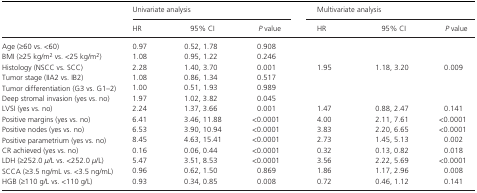
<table><thead><tr><td rowspan="2"></td><td colspan="3"><b>Univariate analysis</b></td><td colspan="3"><b>Multivariate analysis</b></td></tr><tr><td><b>HR</b></td><td><b>95% CI</b></td><td><b><i>P</i> value</b></td><td><b>HR</b></td><td><b>95% CI</b></td><td><b><i>P</i> value</b></td></tr></thead><tbody><tr><td>Age (≥60 vs. &lt;60)</td><td>0.97</td><td>0.52, 1.78</td><td>0.908</td><td></td><td></td><td></td></tr><tr><td>BMI (≥25 kg/m<sup>2</sup> vs. &lt;25 kg/m<sup>2</sup>)</td><td>1.08</td><td>0.95, 1.22</td><td>0.246</td><td></td><td></td><td></td></tr><tr><td>Histology (NSCC vs. SCC)</td><td>2.28</td><td>1.40, 3.70</td><td>0.001</td><td>1.95</td><td>1.18, 3.20</td><td>0.009</td></tr><tr><td>Tumor stage (IIA2 vs. IB2)</td><td>1.08</td><td>0.86, 1.34</td><td>0.517</td><td></td><td></td><td></td></tr><tr><td>Tumor differentiation (G3 vs. G1–2)</td><td>1.00</td><td>0.51, 1.93</td><td>0.989</td><td></td><td></td><td></td></tr><tr><td>Deep stromal invasion (yes vs. no)</td><td>1.97</td><td>1.02, 3.82</td><td>0.045</td><td></td><td></td><td></td></tr><tr><td>LVSI (yes vs. no)</td><td>2.24</td><td>1.37, 3.66</td><td>0.001</td><td>1.47</td><td>0.88, 2.47</td><td>0.141</td></tr><tr><td>Positive margins (yes vs. no)</td><td>6.41</td><td>3.46, 11.88</td><td>&lt;0.0001</td><td>4.00</td><td>2.11, 7.61</td><td>&lt;0.0001</td></tr><tr><td>Positive nodes (yes vs. no)</td><td>6.53</td><td>3.90, 10.94</td><td>&lt;0.0001</td><td>3.83</td><td>2.20, 6.65</td><td>&lt;0.0001</td></tr><tr><td>Positive parametrium (yes vs. no)</td><td>8.45</td><td>4.63, 15.41</td><td>&lt;0.0001</td><td>2.73</td><td>1.45, 5.13</td><td>0.002</td></tr><tr><td>CR achieved (yes vs. no)</td><td>0.16</td><td>0.06, 0.44</td><td>&lt;0.0001</td><td>0.32</td><td>0.13, 0.82</td><td>0.018</td></tr><tr><td>LDH (≥252.0 <i>μ</i>/L vs. &lt;252.0 <i>μ</i>/L)</td><td>5.47</td><td>3.51, 8.53</td><td>&lt;0.0001</td><td>3.56</td><td>2.22, 5.69</td><td>&lt;0.0001</td></tr><tr><td>SCCA (≥3.5 ng/mL vs. &lt;3.5 ng/mL)</td><td>0.96</td><td>0.62, 1.50</td><td>0.869</td><td>1.86</td><td>1.17, 2.96</td><td>0.008</td></tr><tr><td>HGB (≥110 g/L vs. &lt;110 g/L)</td><td>0.93</td><td>0.34, 0.85</td><td>0.008</td><td>0.72</td><td>0.46, 1.12</td><td>0.141</td></tr></tbody></table>